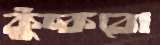
কুঁচ্‌কবো